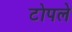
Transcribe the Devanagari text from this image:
टोपले